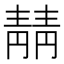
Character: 𫕻